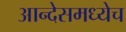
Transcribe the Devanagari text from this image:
आन्देसमध्येच